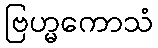
ဗြဟ္မကောသံ